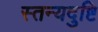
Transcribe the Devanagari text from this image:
स्तन्यदुष्टि